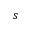
s